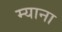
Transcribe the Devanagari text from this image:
म्याना